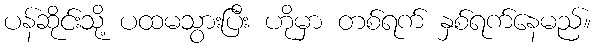
ပန်ဆိုင်းသို့ ပထမသွားပြီး ဟိုမှာ တစ်ရက် နှစ်ရက်နေမည်။